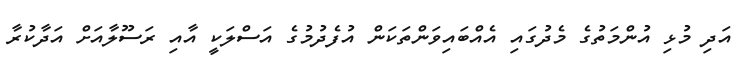
އަދި މުޅި އުންމަތުގެ މެދުގައި އެއްބައިވަންތަކަން އުފެދުމުގެ އަސްލަކީ އާއި ރަަސޫލާއަށް އަދާކުރާ